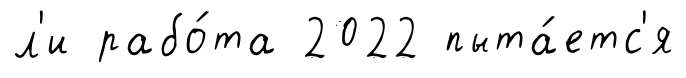
л'и рабо́та 2022 пыта́етс'я